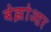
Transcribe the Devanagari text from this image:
बेझोआर